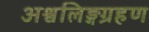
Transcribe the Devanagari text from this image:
अश्वलिङ्गग्रहण